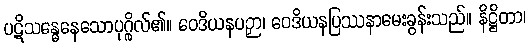
ပဋိသန္ဓေနေသောပုဂ္ဂိုလ်၏။ ဝေဒိယနပဉှာ၊ ဝေဒိယနပြဿနာမေးခွန်းသည်။ နိဋ္ဌိတာ၊